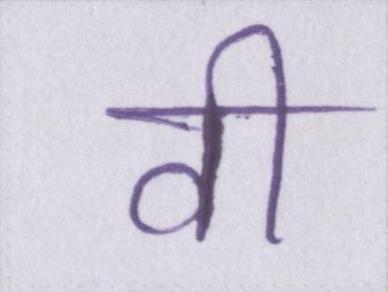
वी